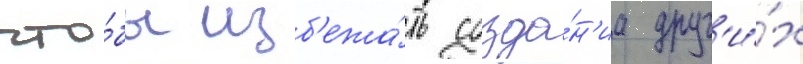
что́бы изб'ежа́ть созда́н'иа друг'и́х